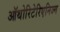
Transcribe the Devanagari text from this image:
ऑथोरिटेरिएनिज्म